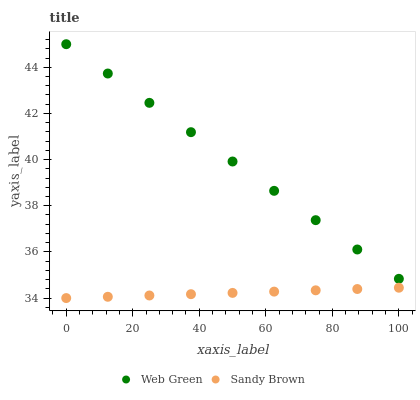
| xaxis_label | Web Green | Sandy Brown |
 | --- | --- | --- |
 | 0 | 45 | 34 |
 | 12.5 | 43.7 | 34.1 |
 | 25 | 42.5 | 34.1 |
 | 37.5 | 41.2 | 34.2 |
 | 50 | 39.9 | 34.2 |
 | 62.5 | 38.6 | 34.3 |
 | 75 | 37.4 | 34.3 |
 | 87.5 | 36.1 | 34.4 |
 | 100 | 34.8 | 34.4 |